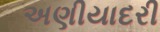
અણીયાદરી